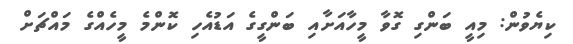
ކިޔެވުން: މިއީ ބަންގި ގޮވާ މީހާއަށާއި ބަންގީގެ އަޑުއެހި ކޮންމެ މީހެއްގެ މައްޗަށް